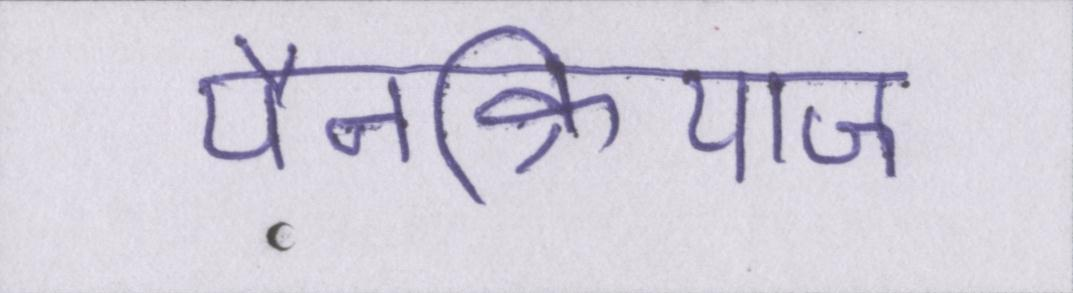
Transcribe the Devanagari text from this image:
पैनक्रियाज